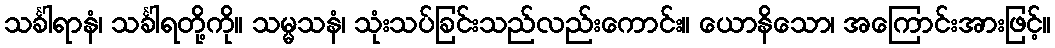
သင်္ခါရာနံ၊ သင်္ခါရတို့ကို။ သမ္မသနံ၊ သုံးသပ်ခြင်းသည်လည်းကောင်း။ ယောနိသော၊ အကြောင်းအားဖြင့်။